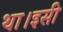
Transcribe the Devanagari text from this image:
था।इसी